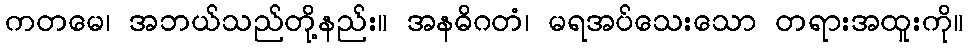
ကတမေ၊ အဘယ်သည်တို့နည်း။ အနဓိဂတံ၊ မရအပ်သေးသော တရားအထူးကို။